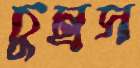
চুম্‌রস